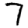
Digit: 7